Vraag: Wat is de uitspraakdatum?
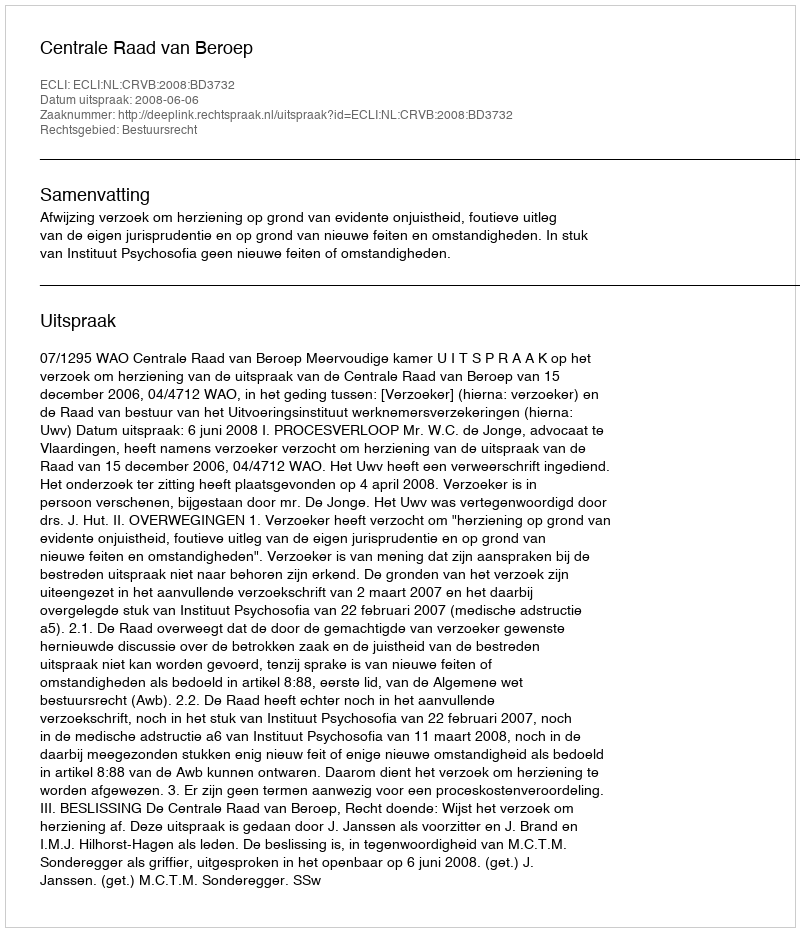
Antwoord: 2008-06-06